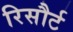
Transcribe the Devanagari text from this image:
रिसौर्ट